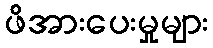
ဖိအားပေးမှုများ